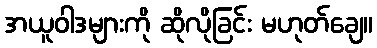
အယူဝါဒများကို ဆိုလိုခြင်း မဟုတ်ချေ။